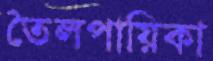
তৈলপায়িকা